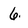
Character: 6